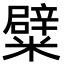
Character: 糪